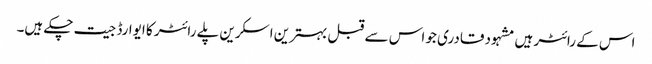
اس کے رائٹر ہیں مشہود قادری جو اس سے قبل بہترین اسکرین پلے رائٹر کا ایوارڈ جیت چکے ہیں۔